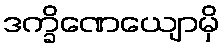
ဒက္ခိဏေယျောမှိ